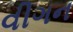
વીગન